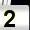
Digit: 2